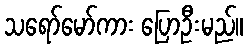
သရော်မော်ကား ပြောဦးမည်။